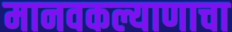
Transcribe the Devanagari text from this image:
मानवकल्याणाचा